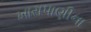
ખારાપાણીના